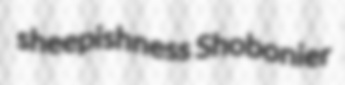
sheepishness Shobonier